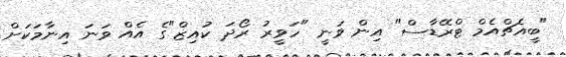
"ބީއެޗްއެމް ޓްރޭޑާސް" އިން ވަނީ "ހަވީރު ރޯދަ ކުއިޒް"ގެ އެއް ވަނަ އިނާމަކަށް